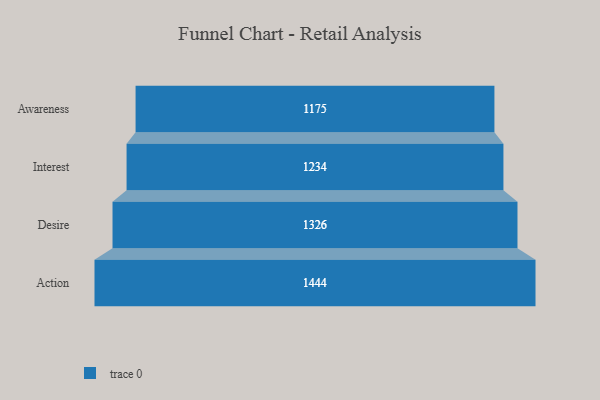
{"axis": {"x": "Stage", "y": "Value"}, "legend": [""], "data": [{"x": "Awareness", "y": 1175.0, "type": ""}, {"x": "Interest", "y": 1234.0, "type": ""}, {"x": "Desire", "y": 1326.0, "type": ""}, {"x": "Action", "y": 1444.0, "type": ""}]}